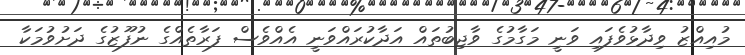
މުއިއްޒު ވިދާޅުވެފައި ވަނީ މަގާމުގެ ވާޖިބުތައް އަދާކުރައްވަނީ އެއްވެސް ފަރާތެއްގެ ނުފޫޒުގެ ދަށުވުމަކާ